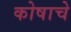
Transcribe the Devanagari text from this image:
कोषाचे